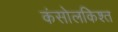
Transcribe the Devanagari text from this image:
कंसोलकिश्त